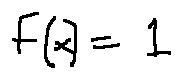
f ( x ) = 1